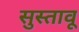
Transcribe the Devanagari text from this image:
सुस्तावू